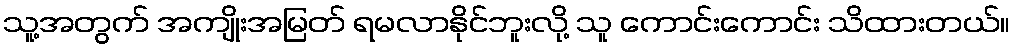
သူ့အတွက် အကျိုးအမြတ် ရမလာနိုင်ဘူးလို့ သူ ကောင်းကောင်း သိထားတယ်။